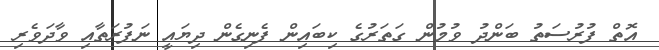
އޮތް ފުރުސަތު ބަންދު ވުމުން ގަތަރުގެ ކިބައިން ފެނިގެން ދިޔައީ ނަފުރަތާއި ވާދަވެރި